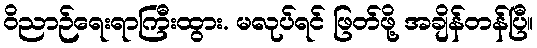
ဝိညာဉ်ရေးရာကြီးထွား. မလုပ်ရင် ဖြတ်ဖို့ အချိန်တန်ပြီ။